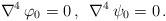
\begin{align*}{\nabla}^4\,\varphi_0=0\,,\,\,\,{\nabla}^4\,\psi_0=0\,.\end{align*}